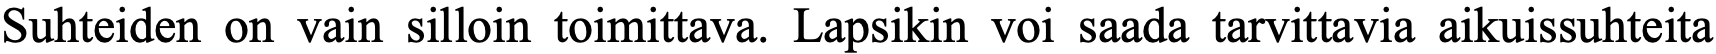
Suhteiden on vain silloin toimittava. Lapsikin voi saada tarvittavia aikuissuhteita